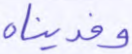
وفديناه